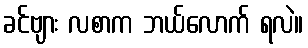
ခင်ဗျား လစာက ဘယ်လောက် ရလဲ။